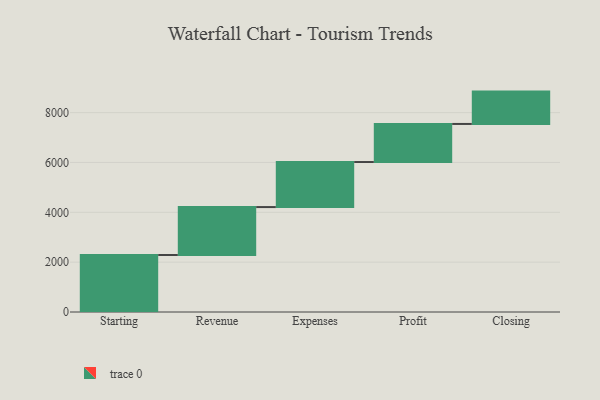
{"axis": {"x": "Step", "y": "Value"}, "legend": [""], "data": [{"x": "Starting", "y": 2286.0, "type": ""}, {"x": "Revenue", "y": 1924.0, "type": ""}, {"x": "Expenses", "y": 1807.0, "type": ""}, {"x": "Profit", "y": 1528.0, "type": ""}, {"x": "Closing", "y": 1298.0, "type": ""}]}